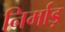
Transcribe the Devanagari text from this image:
निर्माड़